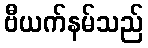
ဗီယက်နမ်သည်